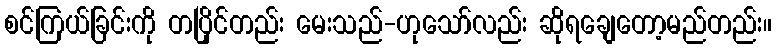
စင်ကြယ်ခြင်းကို တပြိုင်တည်း မေးသည်-ဟုသော်လည်း ဆိုရချေတော့မည်တည်း။